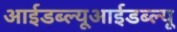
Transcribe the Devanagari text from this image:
आईडब्ल्यूआईडब्ल्यू